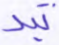
تبد